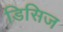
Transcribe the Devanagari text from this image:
डिसिज